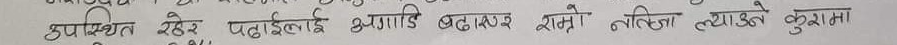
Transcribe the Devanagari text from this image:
उपस्थित रहेछ पढाईलाई अगाडि बढाएर राम्रो नतिजा ल्याउने कुरामा